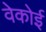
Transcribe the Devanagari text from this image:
वेकोई